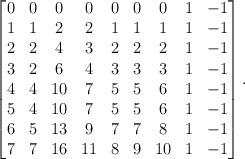
LaTeX: \begin{align*}\begin{bmatrix}0 & 0 & 0 & 0 & 0 & 0 & 0 & 1 & -1 \\1 & 1 & 2 & 2 & 1 & 1 & 1 & 1 & -1 \\2 & 2 & 4 & 3 & 2 & 2 & 2 & 1 & -1 \\3 & 2 & 6 & 4 & 3 & 3 & 3 & 1 & -1 \\4 & 4 & 10 & 7 & 5 & 5 & 6 & 1 & -1 \\5 & 4 & 10 & 7 & 5 & 5 & 6 & 1 & -1 \\6 & 5 & 13 & 9 & 7 & 7 & 8 & 1 & -1 \\7 & 7 & 16 & 11 & 8 & 9 & 10 & 1 & -1\end{bmatrix}.\end{align*}